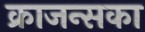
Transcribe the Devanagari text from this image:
क्राजन्सका